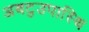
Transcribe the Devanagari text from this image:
अबटुउपास्थि